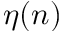
\eta ( n )